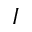
I